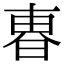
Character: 𣌼